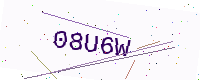
Text: 08U6W